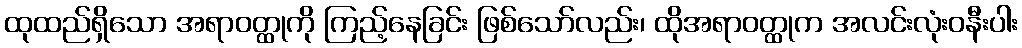
ထုထည်ရှိသော အရာဝတ္ထုကို ကြည့်နေခြင်း ဖြစ်သော်လည်း၊ ထိုအရာဝတ္ထုက အလင်းလုံးဝနီးပါး